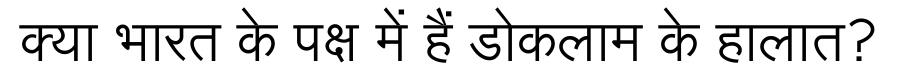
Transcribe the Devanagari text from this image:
क्या भारत के पक्ष में हैं डोकलाम के हालात?